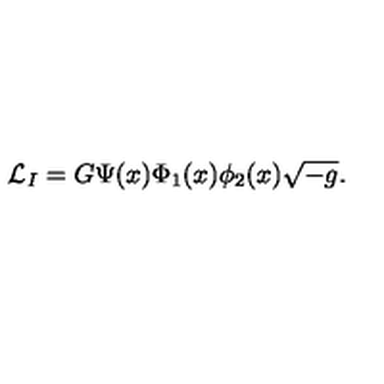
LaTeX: { \cal L } _ { I } = G \Psi ( x ) \Phi _ { 1 } ( x ) \phi _ { 2 } ( x ) \sqrt { - g } .